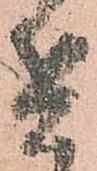
兵